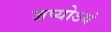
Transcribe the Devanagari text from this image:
जप्योऽयं